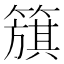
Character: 簱